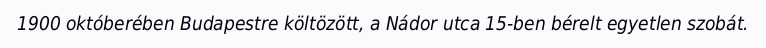
1900 októberében Budapestre költözött, a Nádor utca 15-ben bérelt egyetlen szobát.